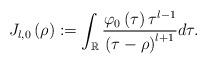
LaTeX: \begin{align*}J_{l,0}\left( \rho\right) :=\int_{\mathbb{R}}\frac{\varphi_{0}\left(\tau\right) \tau^{l-1}}{\left( \tau-\rho\right) ^{l+1}}d\tau.\end{align*}